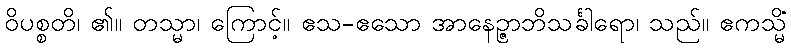
ဝိပစ္စတိ၊ ၏။ တသ္မာ၊ ကြောင့်။ ဧသ-ဧသော အာနေဉ္ဇာဘိသင်္ခါရော၊ သည်။ ဧကသ္မိံ